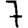
Digit: 7